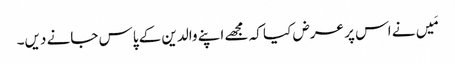
مَیں نے اس پر عرض کیا کہ مجھے اپنے والدین کے پاس جانے دیں۔